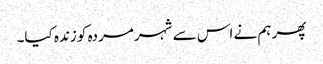
پھر ہم نے اس سے شہر مردہ کو زندہ کیا۔